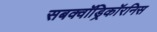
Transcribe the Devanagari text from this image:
सबक्वॉड्रिकॉरनिस